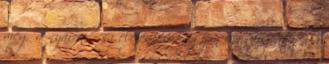
még a nyáron, ősz elején és nagyon megfogott, a